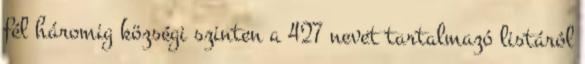
fél háromig községi szinten a 427 nevet tartalmazó listáról